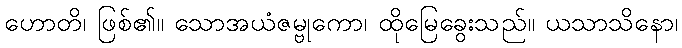
ဟောတိ၊ ဖြစ်၏။ သောအယံဇမ္ဗုကော၊ ထိုမြေခွေးသည်။ ယသာသိနော၊